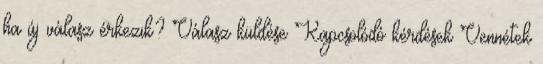
ha új válasz érkezik? Válasz küldése Kapcsolódó kérdések Vennétek